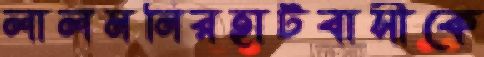
লালমনিরহাটবাসীকে